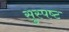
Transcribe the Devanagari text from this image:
सुस्‍पष्‍ट